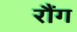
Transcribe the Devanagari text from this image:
रौंग